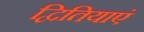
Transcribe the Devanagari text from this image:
द्वितियाएं